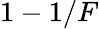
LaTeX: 1-1/F